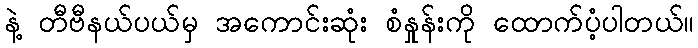
နဲ့ တီဗီနယ်ပယ်မှ အကောင်းဆုံး စံနှုန်းကို ထောက်ပံ့ပါတယ်။